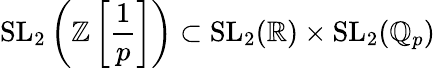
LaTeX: \mathrm{SL}_{2}\left(\mathbb{Z}\left[{\frac{1}{p}}\right]\right)\subset\mathrm{SL}_{2}(\mathbb{R})\times\mathrm{SL}_{2}(\mathbb{Q}_{p})